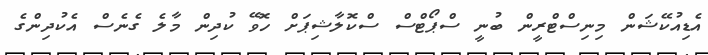
އެޑިއުކޭޝަން މިނިސްޓްރީން ބުނީ ސްޕޯޓްސް ސްކޮލާޝިޕަށް ހޮވޭ ކުދިން މާލެ ގެނެސް އެކުދިންގެ